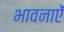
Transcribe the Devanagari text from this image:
भावनाऐं